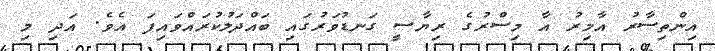
އިންތިސާރު އާމިރު އާ މިސްރުގެ ރިޔާސީ ގަނޑުވަރުގައި ބައްދަލުކުރައްވައިފަ އެވެ. އަދި މި